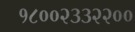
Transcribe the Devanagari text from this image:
१८००२३३२२००